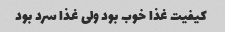
کیفیت غذا خوب بود ولی غذا سرد بود